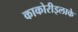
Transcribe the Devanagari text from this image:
काकोरीइलाके